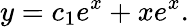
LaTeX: y=c_{1}e^{x}+xe^{x}.